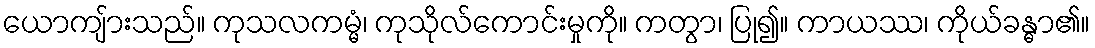
ယောကျ်ားသည်။ ကုသလကမ္မံ၊ ကုသိုလ်ကောင်းမှုကို။ ကတွာ၊ ပြု၍။ ကာယဿ၊ ကိုယ်ခန္ဓာ၏။